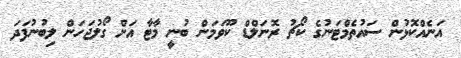
އަނެއްކޮޅުން ސައުތެމްޓަނުގެ ކޯޗު ރޮނަލްޑް ކޫވަމަން ބުނީ މާޓާ އަށް ގޯލުޖަހަން ލިބުނުފަދަ